38_143685_box7_Incident_Summaries_1-100
Agency: Department of War
Page 106
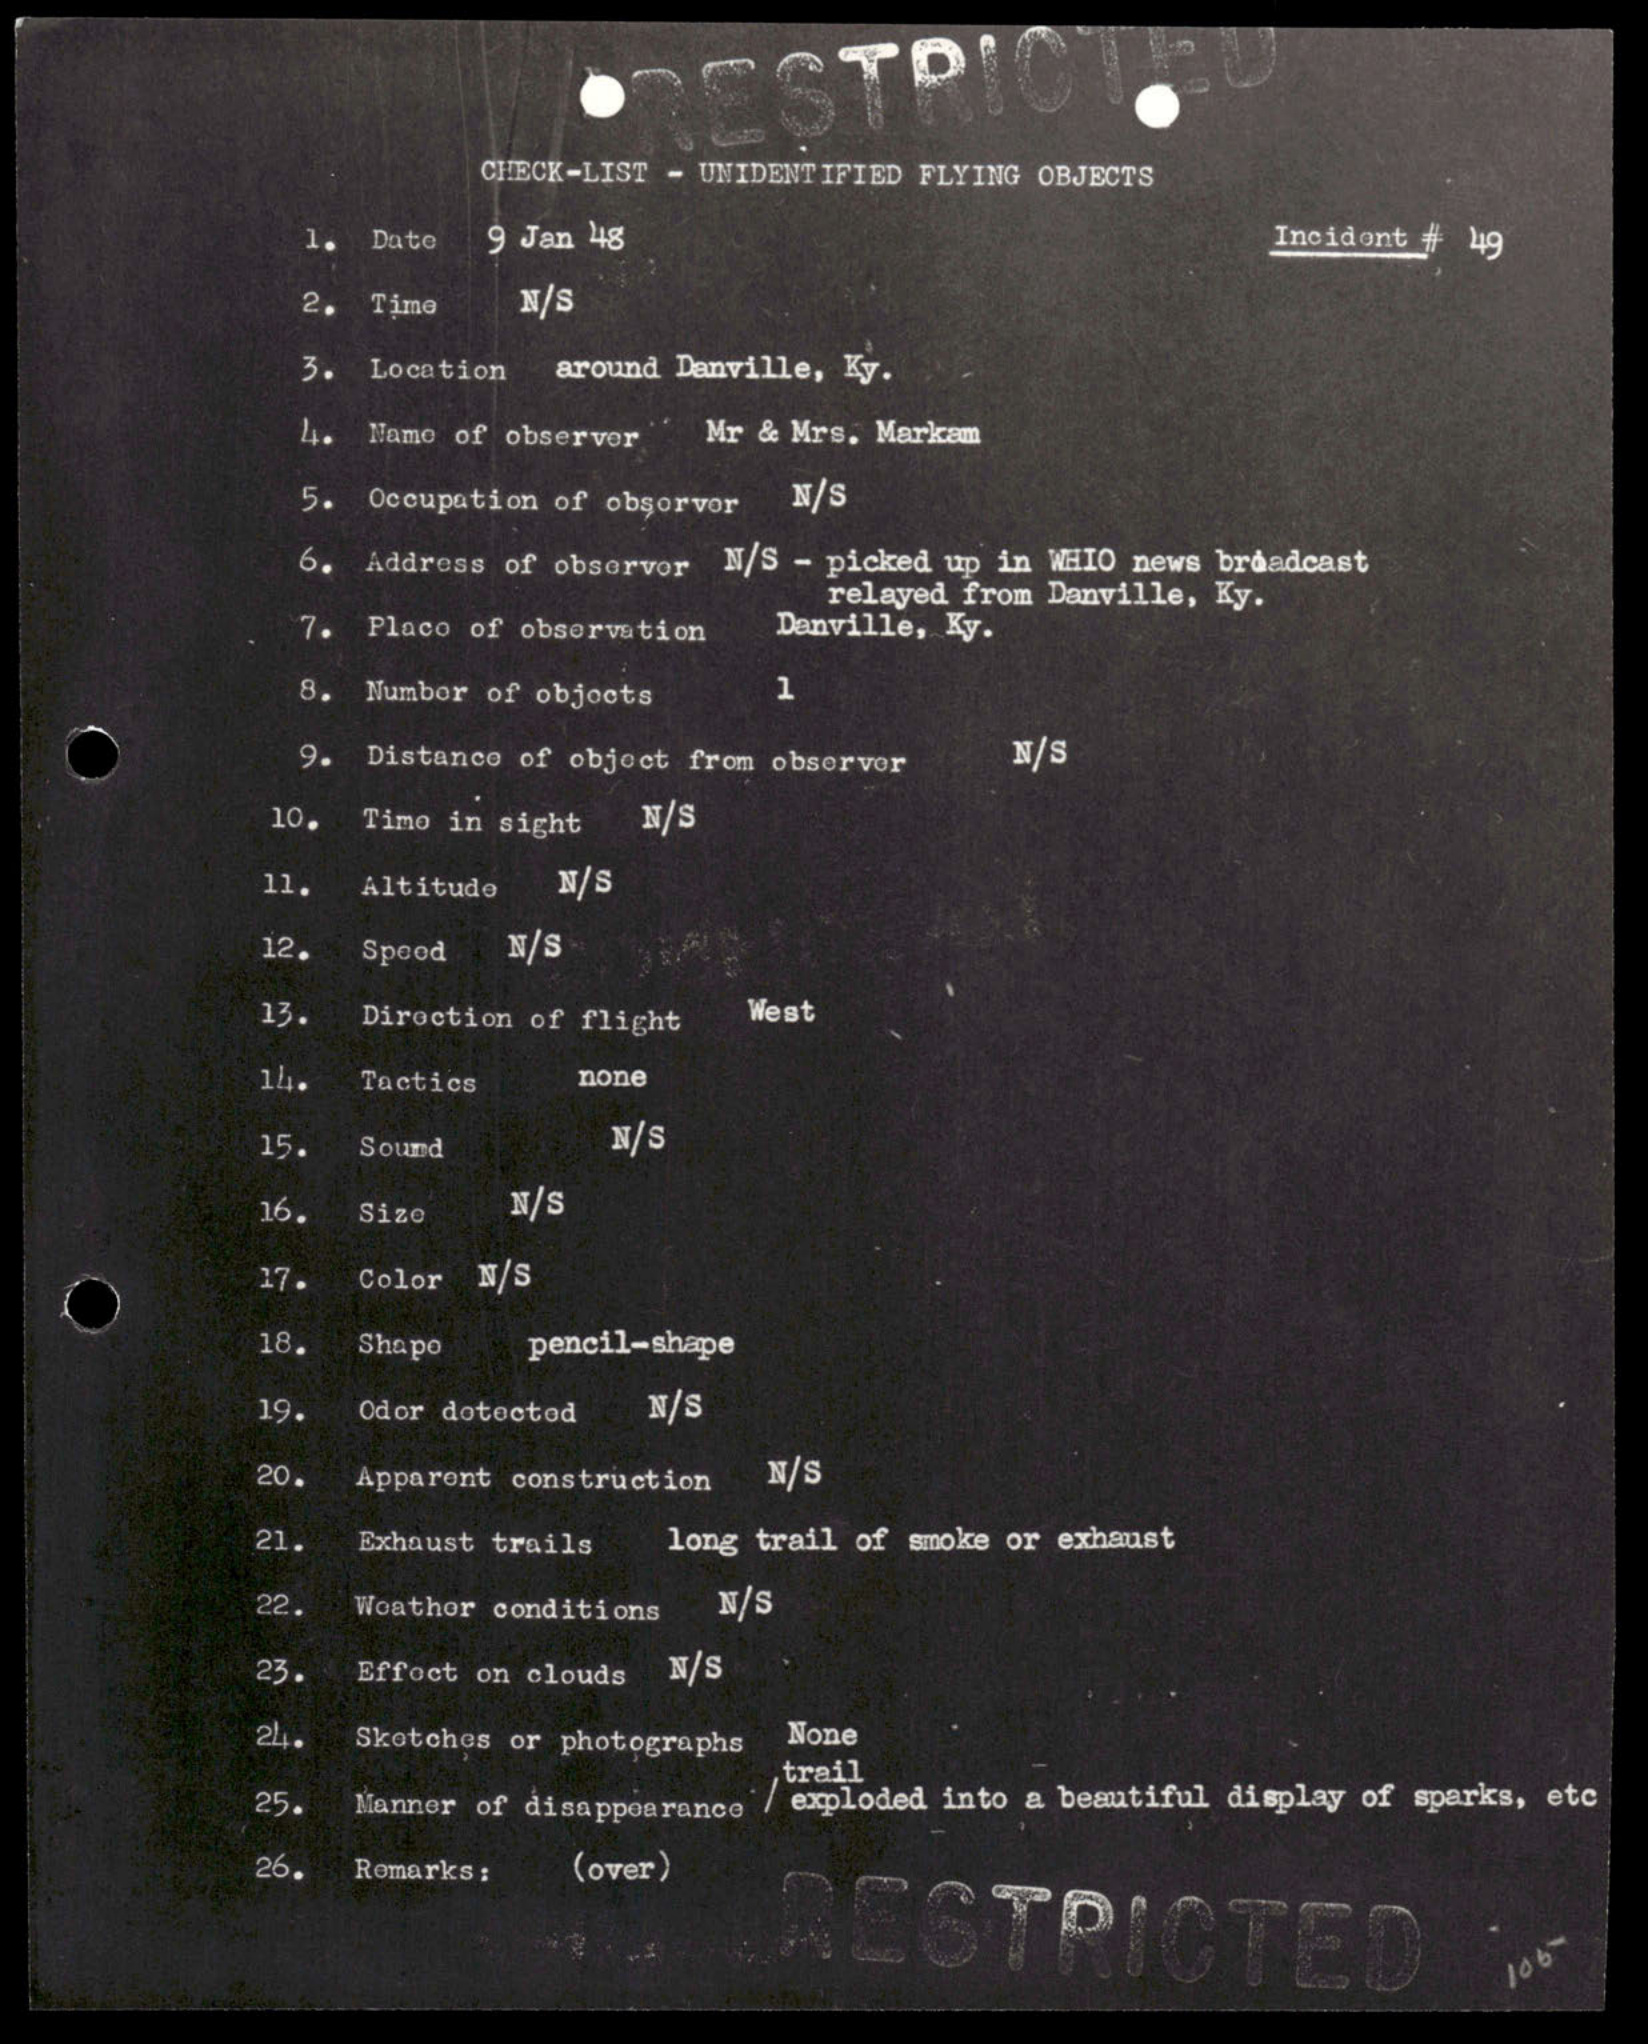